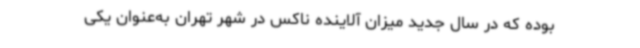
بوده که در ‌سال جدید میزان آلاینده ناکس در شهر تهران به‌عنوان یکی